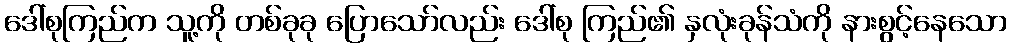
ဒေါ်စုကြည်က သူ့ကို တစ်ခုခု ပြောသော်လည်း ဒေါ်စု ကြည်၏ နှလုံးခုန်သံကို နားစွင့်နေသော